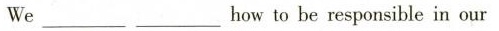
We ___ ___ how to be responsible in our